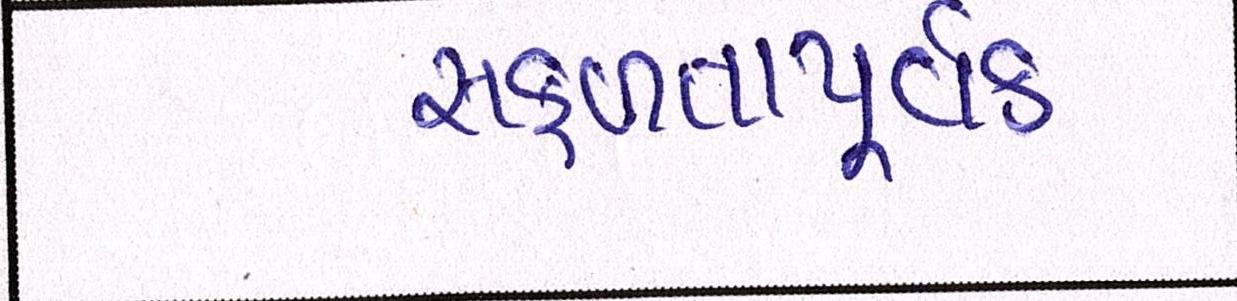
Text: સફળતાપૂર્વક